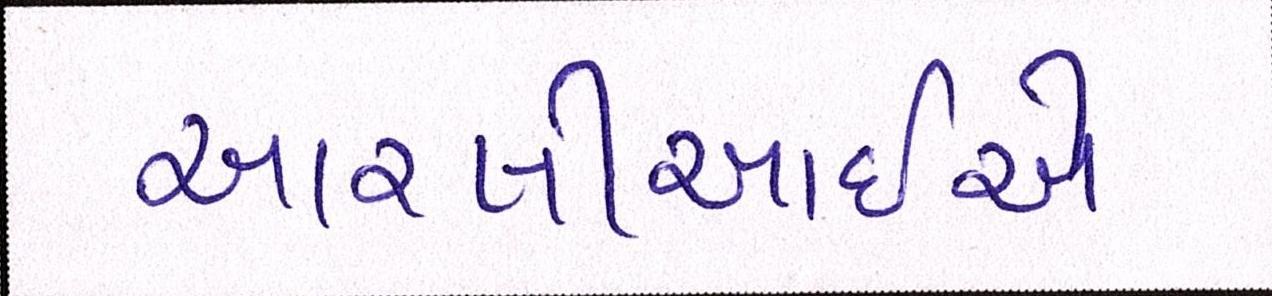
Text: આરબીઆઇએ